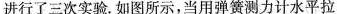
进行了三次实验。如图所示，当用弹簧测力计水平拉